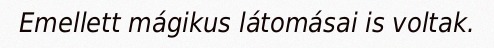
Emellett mágikus látomásai is voltak.